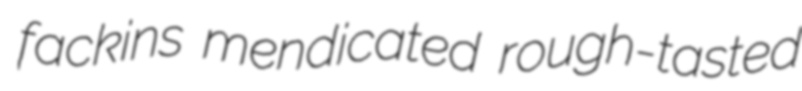
fackins mendicated rough-tasted